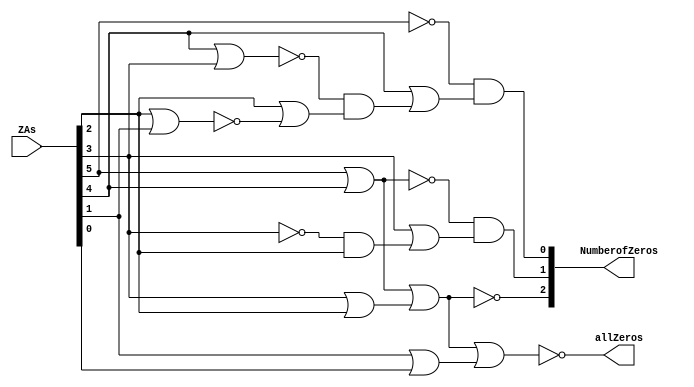
`timescale 1ns / 1ps
//////////////////////////////////////////////////////////////////////////////////
// Company: 
// Engineer: 
// 
// Design Name: 
// Module Name:    NLC 
// Project Name: 
// Target Devices: 
// Tool versions: 
// Description: 
//               Local counter of Zeros
//
//////////////////////////////////////////////////////////////////////////////////
module NLC(  ZAs , allZeros , NumberofZeros 
    );
	 
	 input [ 5 : 0 ] ZAs ; // Xk | Xk-1 | Xk-2 | Xk-3 | Xk-4 | Xk-5 : Zeros Anticipation bits
	 
	 output [ 2 : 0 ] NumberofZeros ; // Number of continuous zeros in this segment
    
    output allZeros ; // flag to indicate the 	 
	 
	 assign allZeros = !( (ZAs[5] | ZAs[4]) | (ZAs[3] | ZAs[2]) | (ZAs[1] | ZAs[0])) ; // indicate that the all bits are zeros
	  
	 assign NumberofZeros[2] = ~((ZAs[5] | ZAs[4]) | (ZAs[3] | ZAs[2]) ) , // indicate that the first four bits are zeros
	        NumberofZeros[1] = (~(ZAs[5] | ZAs[4])) & ( ZAs [3] | (  (~(ZAs [3])) & ZAs[2] ) ) ,
			  NumberofZeros[0] = (~ZAs[5]) & (ZAs[4] | ( (~(ZAs[4]| ZAs[3])) & ( ZAs[2] | (~(ZAs[2]|ZAs[1]) ) ) ) );
	 
	 
endmodule